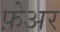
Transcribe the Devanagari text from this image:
फ़ेअर